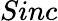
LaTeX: Sinc